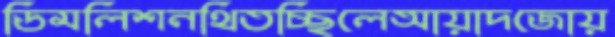
ডিমলিশনথিতচ্ছিলেআয়াদজোয়